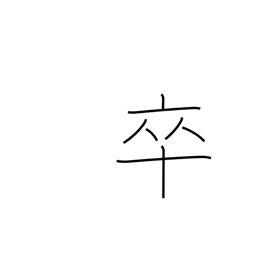
Meaning: private